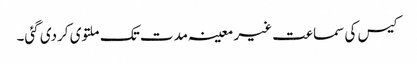
کیس کی سماعت غیر معینہ مدت تک ملتوی کردی گئی۔